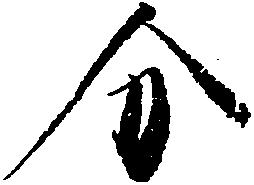
分